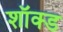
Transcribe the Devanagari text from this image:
शॉक्ड